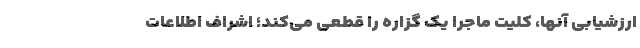
ارزشیابی آنها، کلیت ماجرا یک گزاره را قطعی می‌کند؛ اشراف اطلاعات